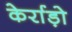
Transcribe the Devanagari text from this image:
केर्राड़ो